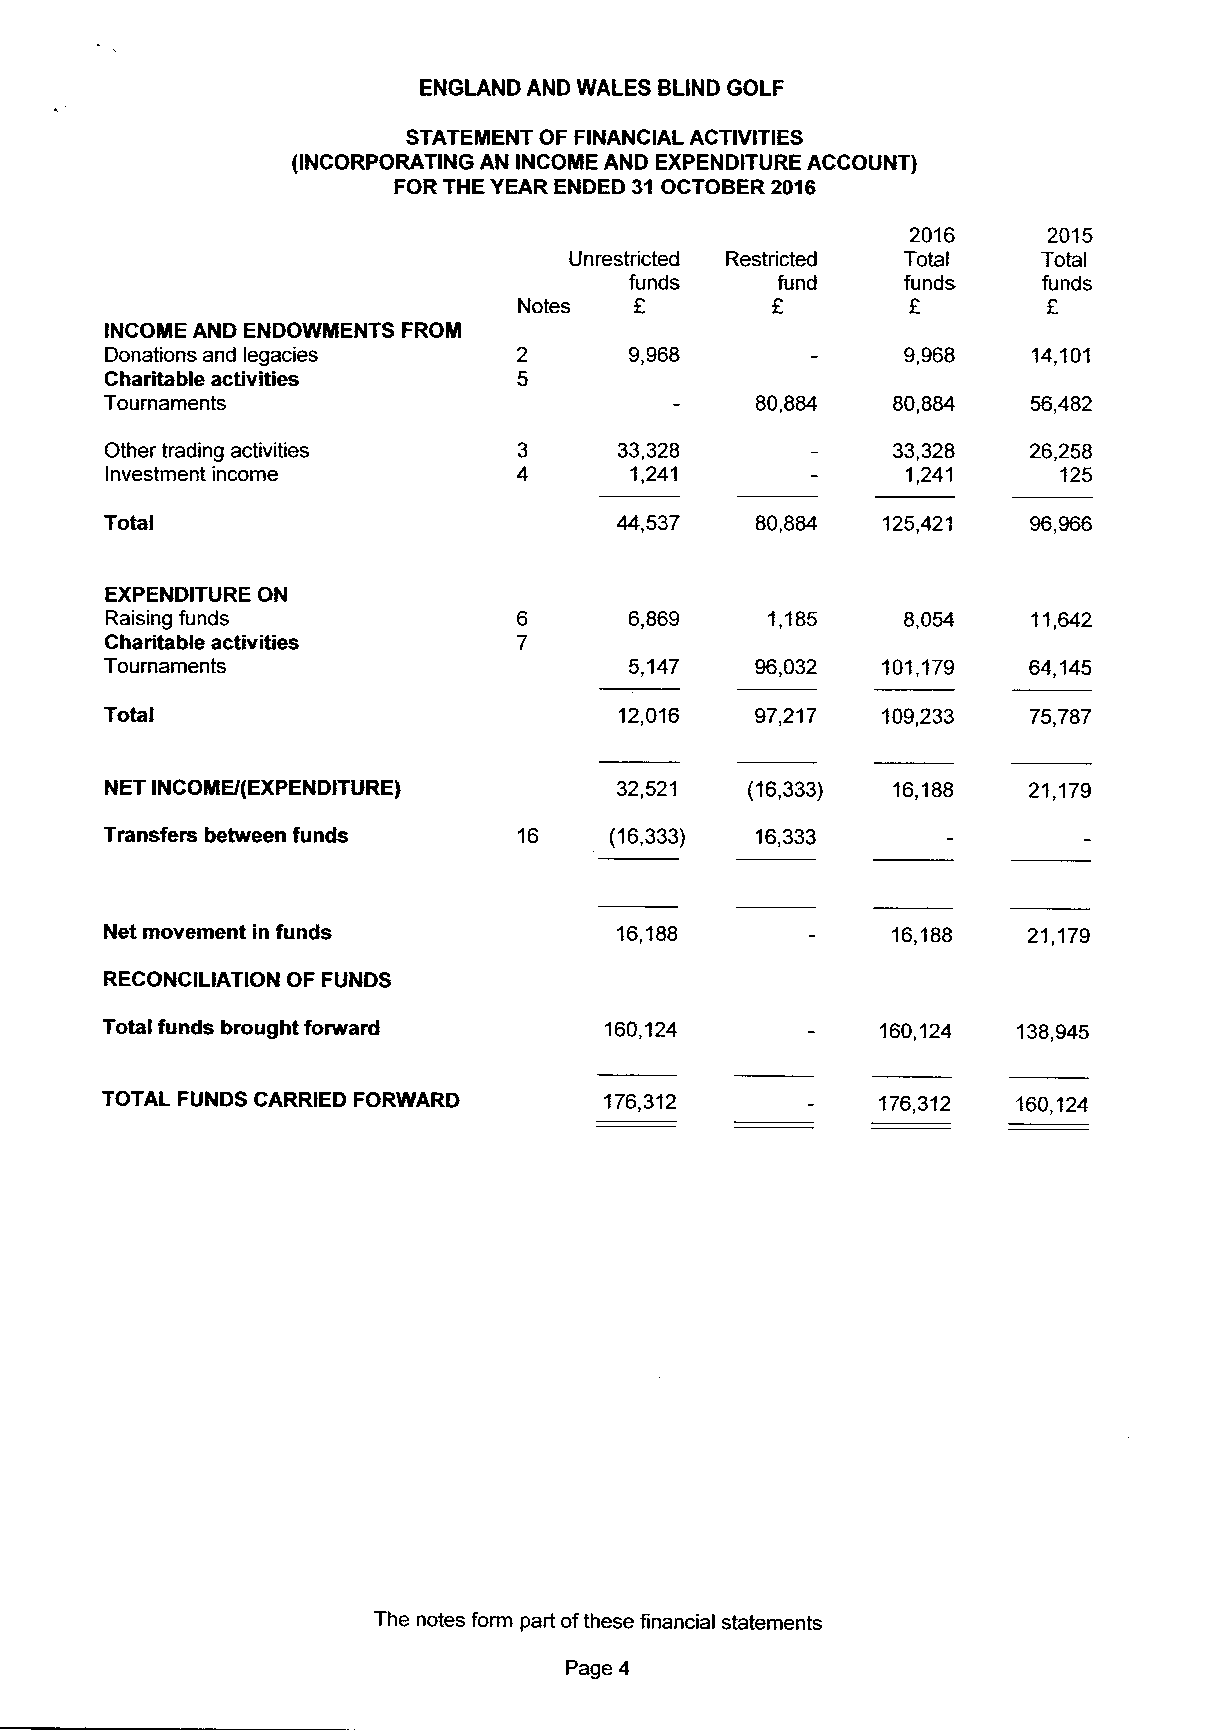
ENGLAND AND WALES BLIND GOLF
 STATEMENT OF FINANCIAL ACTIVITIES
 (INCORPORATING AN INCOME AND EXPENDITURE ACCOUNT)
 FOR THE YEAR ENDED 31OCTOBER 2016
 2016     2015
 Unrestricted Restricted Total  Total
 funds    fund     funds    funds
 Notes            F        F        E
 INCOME AND ENDOWMENTS FROM
 Donations and legacies             9,968             9,968   14,101
 Charitable activities
 Tournaments                                80,884   80,884   56,482
 Other trading activities          33,328            33,328   26,258
 Investment income                  1,241             1,241     125
 Total                             44,537   80,884  125,421   96,966
 EXPENDITURE ON
 Raising funds                      6,869    1,185    8,054   11,642
 Charitable activities
 Tournaments                        5,147   96,032  101,179   64,145
 Total                             12,016   97,217  109,233   75,787
 NET INCOME/(EXPENDITURE)          32,521  (16,333)  16,188   21,179
 Transfers between funds    16    (16,333)  16,333
 Net movement in funds             16,188            16,188   21,179
 RECONCILIATION OF FUNDS
 Total funds brought forward      160,124           160,124  138,945
 TOTAL FUNDS CARRIED FORWARD      176,312           176,312  160,124
 The notes form part ofthese financial statements
 Page 4